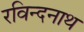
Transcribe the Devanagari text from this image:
रविन्दनाथ